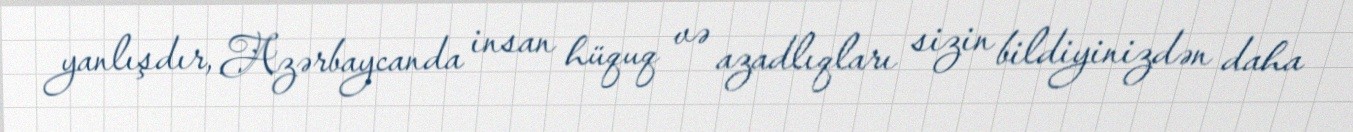
yanlışdır, Azərbaycanda insan hüquq və azadlıqları sizin bildiyinizdən daha